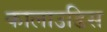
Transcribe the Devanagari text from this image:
कालाउडिस